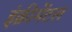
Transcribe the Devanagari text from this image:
इंक्रीमेंटल